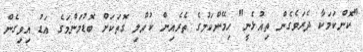
"ކޮންކަމަކާ ދެރަވެގެން ތިއުޅެނީ" ހިމޭންކަމުގެ ތެރެއިން ކުއްލި ގޮތަކަށް ބޮޑުމަންމަގެ އަޑު އިވިގެން